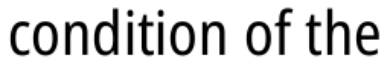
condition of the